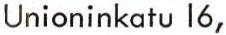
Unioninkatu 16,